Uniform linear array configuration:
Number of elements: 16
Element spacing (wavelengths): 1
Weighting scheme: binomial
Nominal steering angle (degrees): -15
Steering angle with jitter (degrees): -14.118
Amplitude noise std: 0.05
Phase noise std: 0.05

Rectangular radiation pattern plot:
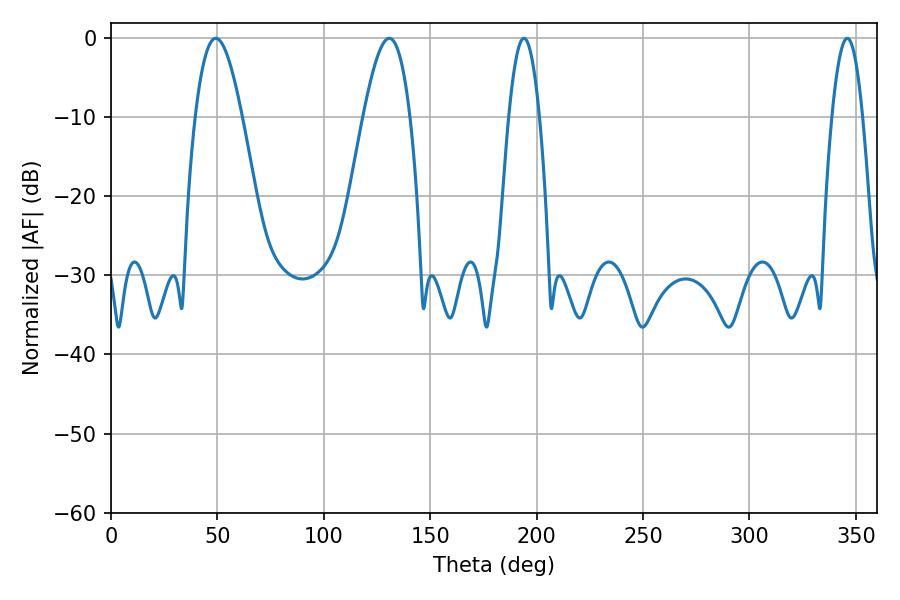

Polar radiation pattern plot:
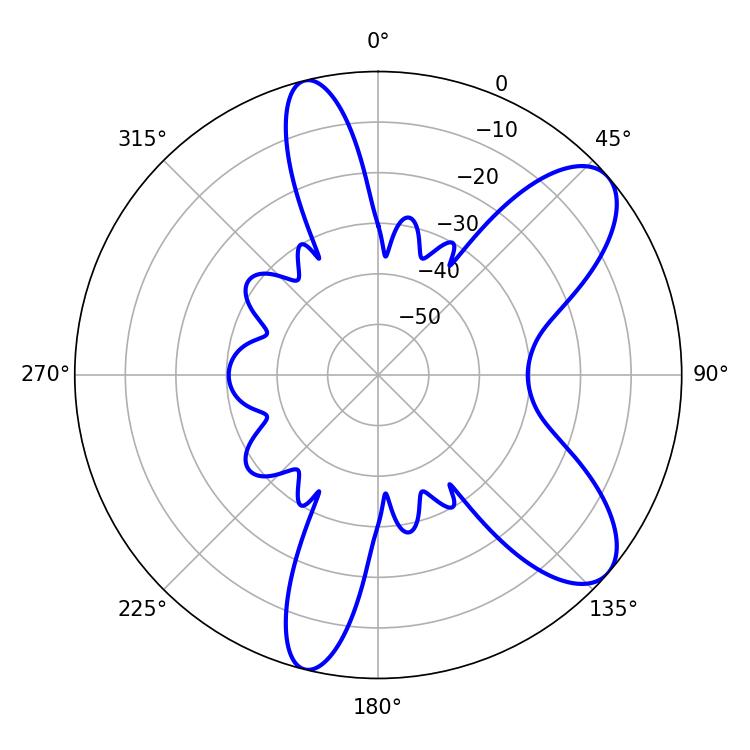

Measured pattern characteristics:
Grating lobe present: TRUE
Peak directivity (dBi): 8.653
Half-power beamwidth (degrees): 7.92
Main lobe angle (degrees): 194.04